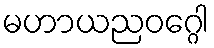
မဟာယညဝဂ္ဂေါ